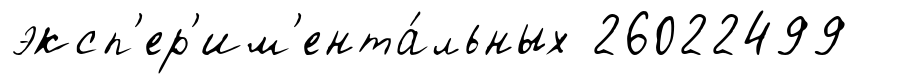
эксп'ер'им'ента́льных 26022499